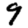
Digit: 9